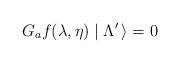
LaTeX: \begin{align*}G_a f(\lambda, \eta) \mid \Lambda^\prime \, \rangle = 0\end{align*}